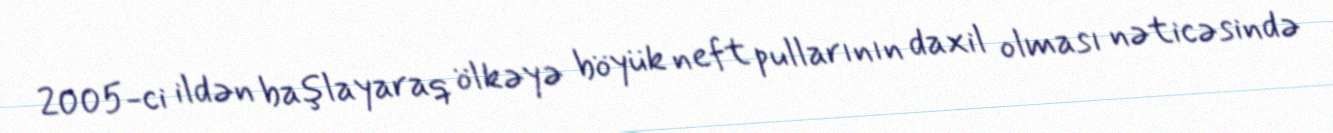
2005-ci ildən başlayaraq ölkəyə böyük neft pullarının daxil olması nəticəsində